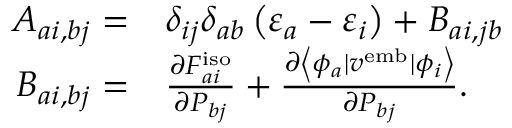
\begin{array} { r l } { A _ { a i , b j } = } & { \delta _ { i j } \delta _ { a b } \left( \varepsilon _ { a } - \varepsilon _ { i } \right) + B _ { a i , j b } } \\ { B _ { a i , b j } = } & { \frac { \partial F _ { a i } ^ { \mathrm { i s o } } } { \partial P _ { b j } } + \frac { \partial \left\langle \phi _ { a } | { v } ^ { \mathrm { e m b } } | \phi _ { i } \right\rangle } { \partial P _ { b j } } . } \end{array}